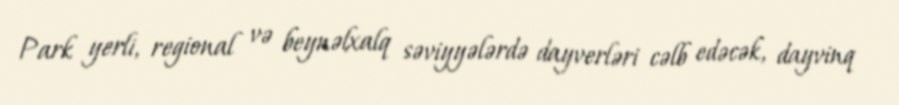
Park yerli, regional və beynəlxalq səviyyələrdə dayverləri cəlb edəcək, dayvinq